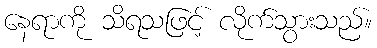
နေရာကို သိရသဖြင့် လိုက်သွားသည်။